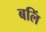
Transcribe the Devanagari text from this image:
बलिं